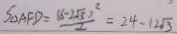
S _ { \Delta A F D } = \frac { ( b - 2 \sqrt { 3 } ) ^ { 2 } } { 2 } = 2 4 - 1 2 \sqrt { 3 }